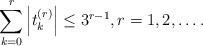
\begin{align*}\sum_{k=0}^{r}\left| t_{k}^{(r)}\right| \leq 3^{r-1},r=1,2,\ldots .\end{align*}